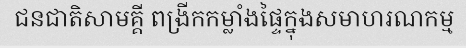
ជនជាតិសាមគ្គី ពង្រីកកម្លាំងផ្ទៃក្នុងសមាហរណកម្ម